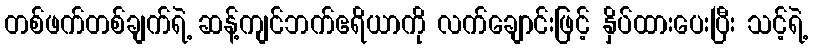
တစ်ဖက်တစ်ချက်ရဲ့ ဆန့်ကျင်ဘက်ဧရိယာကို လက်ချောင်းဖြင့် နှိပ်ထားပေးပြီး သင့်ရဲ့